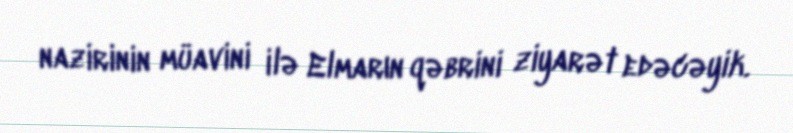
nazirinin müavini ilə Elmarın qəbrini ziyarət edəcəyik.